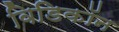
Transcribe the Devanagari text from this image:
विडिकॉन